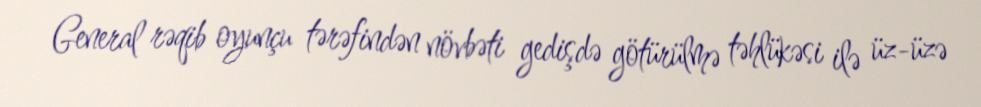
General rəqib oyunçu tərəfindən növbəti gedişdə götürülmə təhlükəsi ilə üz-üzə